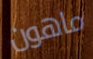
ماهون